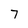
Character: 7